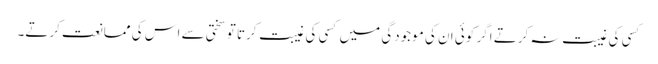
کسی کی غیبت نہ کرتے اگر کوئی ان کی موجودگی میں کسی کی غیبت کرتا تو سختی سے اس کی ممانعت کرتے۔